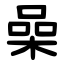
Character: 喿